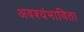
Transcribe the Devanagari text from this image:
अवश्यंभाविता